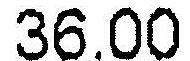
36.00